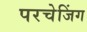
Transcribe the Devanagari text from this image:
परचेजिंग